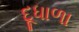
દૂધાળા